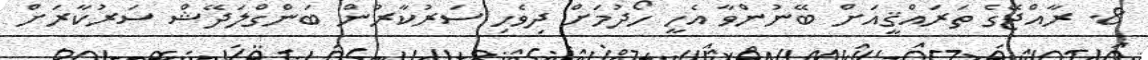
8. ރާއްޖޭގެ ތަރައްޤީއަށް ބޭނުންވާ އެހީ ހޯދުމަށް ދިވެހި ސަރުކާރުން ބަންގްލަދޭޝް ސަރުކާރަށް